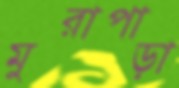
মুরাপাড়া